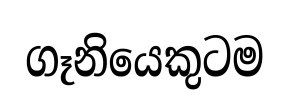
ගෑනියෙකුටම